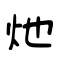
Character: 灺